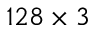
1 2 8 \times 3